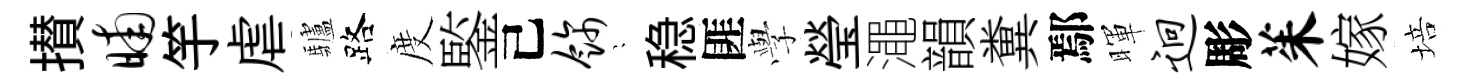
攅晡竽虐驢路度鍳己饰隠稳匪𫝯瑩澠韻糞鄢暉迥彫茱嫁培